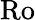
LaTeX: \textrm{Ro}